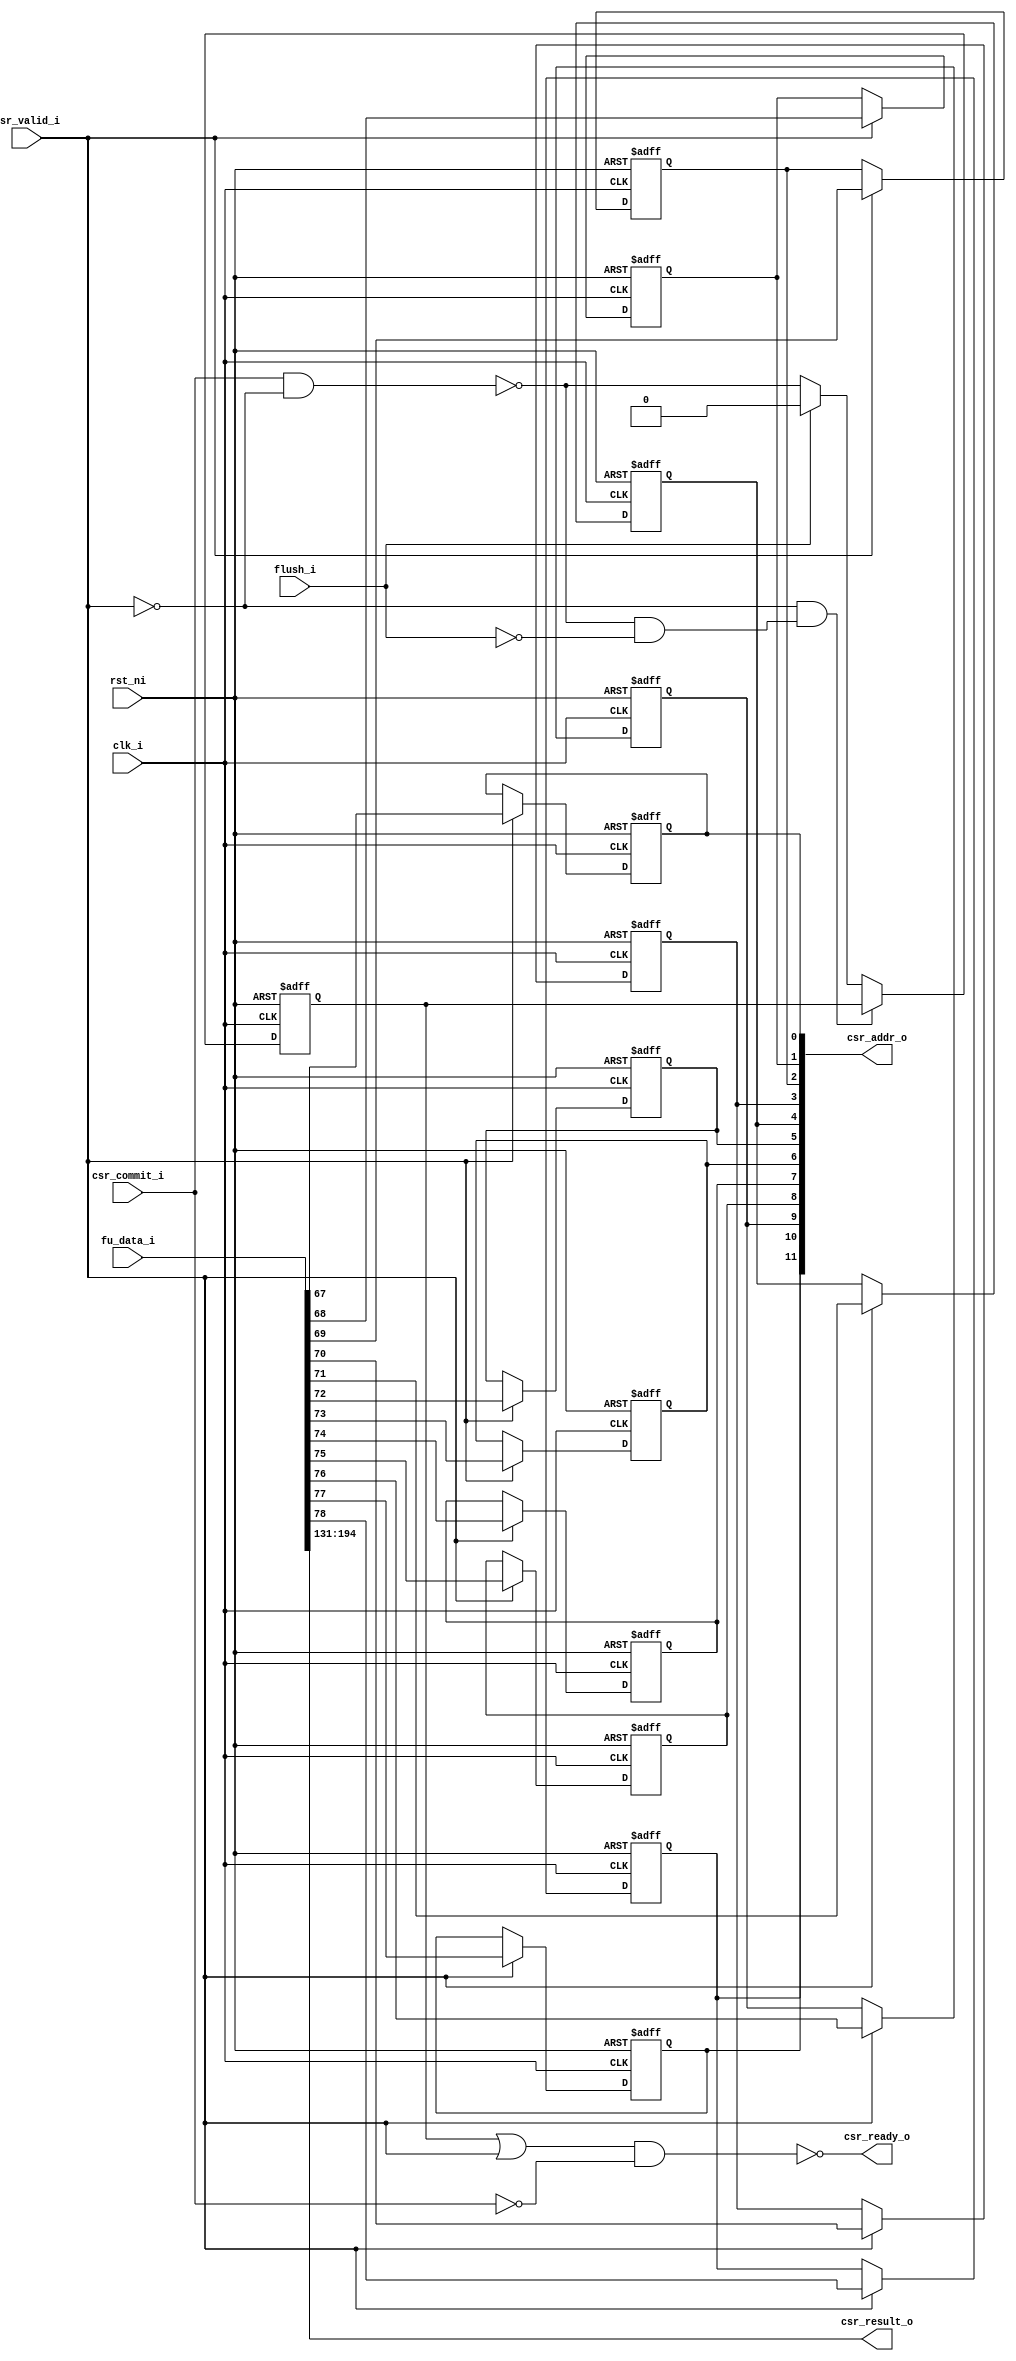
// This program was cloned from: https://github.com/NYU-MLDA/OpenABC
// License: BSD 3-Clause "New" or "Revised" License

module csr_buffer
(
  clk_i,
  rst_ni,
  flush_i,
  fu_data_i,
  csr_ready_o,
  csr_valid_i,
  csr_result_o,
  csr_commit_i,
  csr_addr_o
);

  input [205:0] fu_data_i;
  output [63:0] csr_result_o;
  output [11:0] csr_addr_o;
  input clk_i;
  input rst_ni;
  input flush_i;
  input csr_valid_i;
  input csr_commit_i;
  output csr_ready_o;
  wire [63:0] csr_result_o;
  wire csr_ready_o,N0,N1,csr_reg_n_valid_,N2,N3,N4,N5,N6,N7,N8,N9,N10,N11,N12,N13;
  reg [11:0] csr_addr_o;
  reg csr_reg_q_valid_;
  assign csr_result_o[63] = fu_data_i[194];
  assign csr_result_o[62] = fu_data_i[193];
  assign csr_result_o[61] = fu_data_i[192];
  assign csr_result_o[60] = fu_data_i[191];
  assign csr_result_o[59] = fu_data_i[190];
  assign csr_result_o[58] = fu_data_i[189];
  assign csr_result_o[57] = fu_data_i[188];
  assign csr_result_o[56] = fu_data_i[187];
  assign csr_result_o[55] = fu_data_i[186];
  assign csr_result_o[54] = fu_data_i[185];
  assign csr_result_o[53] = fu_data_i[184];
  assign csr_result_o[52] = fu_data_i[183];
  assign csr_result_o[51] = fu_data_i[182];
  assign csr_result_o[50] = fu_data_i[181];
  assign csr_result_o[49] = fu_data_i[180];
  assign csr_result_o[48] = fu_data_i[179];
  assign csr_result_o[47] = fu_data_i[178];
  assign csr_result_o[46] = fu_data_i[177];
  assign csr_result_o[45] = fu_data_i[176];
  assign csr_result_o[44] = fu_data_i[175];
  assign csr_result_o[43] = fu_data_i[174];
  assign csr_result_o[42] = fu_data_i[173];
  assign csr_result_o[41] = fu_data_i[172];
  assign csr_result_o[40] = fu_data_i[171];
  assign csr_result_o[39] = fu_data_i[170];
  assign csr_result_o[38] = fu_data_i[169];
  assign csr_result_o[37] = fu_data_i[168];
  assign csr_result_o[36] = fu_data_i[167];
  assign csr_result_o[35] = fu_data_i[166];
  assign csr_result_o[34] = fu_data_i[165];
  assign csr_result_o[33] = fu_data_i[164];
  assign csr_result_o[32] = fu_data_i[163];
  assign csr_result_o[31] = fu_data_i[162];
  assign csr_result_o[30] = fu_data_i[161];
  assign csr_result_o[29] = fu_data_i[160];
  assign csr_result_o[28] = fu_data_i[159];
  assign csr_result_o[27] = fu_data_i[158];
  assign csr_result_o[26] = fu_data_i[157];
  assign csr_result_o[25] = fu_data_i[156];
  assign csr_result_o[24] = fu_data_i[155];
  assign csr_result_o[23] = fu_data_i[154];
  assign csr_result_o[22] = fu_data_i[153];
  assign csr_result_o[21] = fu_data_i[152];
  assign csr_result_o[20] = fu_data_i[151];
  assign csr_result_o[19] = fu_data_i[150];
  assign csr_result_o[18] = fu_data_i[149];
  assign csr_result_o[17] = fu_data_i[148];
  assign csr_result_o[16] = fu_data_i[147];
  assign csr_result_o[15] = fu_data_i[146];
  assign csr_result_o[14] = fu_data_i[145];
  assign csr_result_o[13] = fu_data_i[144];
  assign csr_result_o[12] = fu_data_i[143];
  assign csr_result_o[11] = fu_data_i[142];
  assign csr_result_o[10] = fu_data_i[141];
  assign csr_result_o[9] = fu_data_i[140];
  assign csr_result_o[8] = fu_data_i[139];
  assign csr_result_o[7] = fu_data_i[138];
  assign csr_result_o[6] = fu_data_i[137];
  assign csr_result_o[5] = fu_data_i[136];
  assign csr_result_o[4] = fu_data_i[135];
  assign csr_result_o[3] = fu_data_i[134];
  assign csr_result_o[2] = fu_data_i[133];
  assign csr_result_o[1] = fu_data_i[132];
  assign csr_result_o[0] = fu_data_i[131];

  always @(posedge clk_i or posedge N8) begin
    if(N8) begin
      csr_addr_o[11] <= 1'b0;
    end else if(csr_valid_i) begin
      csr_addr_o[11] <= fu_data_i[78];
    end 
  end


  always @(posedge clk_i or posedge N8) begin
    if(N8) begin
      csr_addr_o[10] <= 1'b0;
    end else if(csr_valid_i) begin
      csr_addr_o[10] <= fu_data_i[77];
    end 
  end


  always @(posedge clk_i or posedge N8) begin
    if(N8) begin
      csr_addr_o[9] <= 1'b0;
    end else if(csr_valid_i) begin
      csr_addr_o[9] <= fu_data_i[76];
    end 
  end


  always @(posedge clk_i or posedge N8) begin
    if(N8) begin
      csr_addr_o[8] <= 1'b0;
    end else if(csr_valid_i) begin
      csr_addr_o[8] <= fu_data_i[75];
    end 
  end


  always @(posedge clk_i or posedge N8) begin
    if(N8) begin
      csr_addr_o[7] <= 1'b0;
    end else if(csr_valid_i) begin
      csr_addr_o[7] <= fu_data_i[74];
    end 
  end


  always @(posedge clk_i or posedge N8) begin
    if(N8) begin
      csr_addr_o[6] <= 1'b0;
    end else if(csr_valid_i) begin
      csr_addr_o[6] <= fu_data_i[73];
    end 
  end


  always @(posedge clk_i or posedge N8) begin
    if(N8) begin
      csr_addr_o[5] <= 1'b0;
    end else if(csr_valid_i) begin
      csr_addr_o[5] <= fu_data_i[72];
    end 
  end


  always @(posedge clk_i or posedge N8) begin
    if(N8) begin
      csr_addr_o[4] <= 1'b0;
    end else if(csr_valid_i) begin
      csr_addr_o[4] <= fu_data_i[71];
    end 
  end


  always @(posedge clk_i or posedge N8) begin
    if(N8) begin
      csr_addr_o[3] <= 1'b0;
    end else if(csr_valid_i) begin
      csr_addr_o[3] <= fu_data_i[70];
    end 
  end


  always @(posedge clk_i or posedge N8) begin
    if(N8) begin
      csr_addr_o[2] <= 1'b0;
    end else if(csr_valid_i) begin
      csr_addr_o[2] <= fu_data_i[69];
    end 
  end


  always @(posedge clk_i or posedge N8) begin
    if(N8) begin
      csr_addr_o[1] <= 1'b0;
    end else if(csr_valid_i) begin
      csr_addr_o[1] <= fu_data_i[68];
    end 
  end


  always @(posedge clk_i or posedge N8) begin
    if(N8) begin
      csr_addr_o[0] <= 1'b0;
    end else if(csr_valid_i) begin
      csr_addr_o[0] <= fu_data_i[67];
    end 
  end


  always @(posedge clk_i or posedge N8) begin
    if(N8) begin
      csr_reg_q_valid_ <= 1'b0;
    end else if(N11) begin
      csr_reg_q_valid_ <= csr_reg_n_valid_;
    end 
  end

  assign csr_ready_o = ~N2;
  assign N6 = ~N4;
  assign csr_reg_n_valid_ = (N0)? 1'b0 : 
                            (N1)? N6 : 1'b0;
  assign N0 = flush_i;
  assign N1 = N7;
  assign N2 = N12 & N13;
  assign N12 = csr_reg_q_valid_ | csr_valid_i;
  assign N13 = ~csr_commit_i;
  assign N3 = ~csr_valid_i;
  assign N4 = csr_commit_i & N3;
  assign N5 = ~N4;
  assign N7 = ~flush_i;
  assign N8 = ~rst_ni;
  assign N9 = N5 & N7;
  assign N10 = N3 & N9;
  assign N11 = ~N10;

endmodule